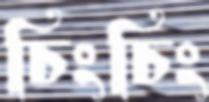
চিংচিং